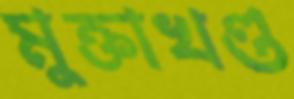
মুক্তাখণ্ড